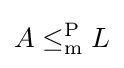
A\leq _{\rm {m}}^{\mathrm {P} }L